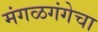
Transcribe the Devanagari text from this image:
मंगळगंगेचा